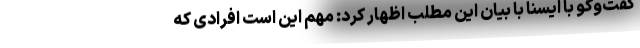
گفت‌وگو با ایسنا با بیان این مطلب اظهار کرد: مهم این است افرادی که